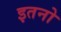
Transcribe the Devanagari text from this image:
इतनो